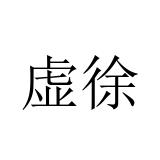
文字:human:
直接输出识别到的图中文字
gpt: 虚徐